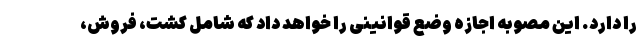
را دارد. این مصوبه اجازه وضع قوانینی را خواهد داد که شامل کشت، فروش،